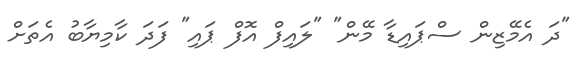
"ދަ އެމޭޒިން ސްޕައިޑާ މޭން" "ލައިފް އޮފް ޕައި" ފަދަ ކާމިޔާބު އެތަށް